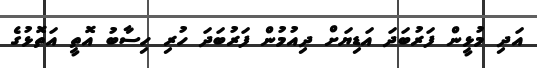
އަދި މުޅީން ފަރުބަދަ އަޑިޔަށް ދިއުމުން ފަރުބަދަ ހުރި ހިސާބު އޮތީ އަތޮޅުގެ